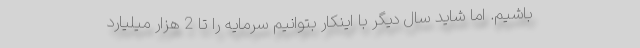
باشیم. اما شاید سال دیگر با اینکار بتوانیم سرمایه را تا 2 هزار میلیارد